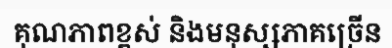
គុណភាពខ្ពស់ និងមនុស្សភាគច្រើន